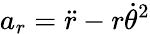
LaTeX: a_{r}={\ddot{r}}-r{\dot{\theta}}^{2}